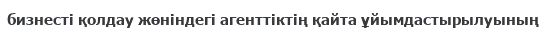
бизнесті қолдау жөніндегі агенттіктің қайта ұйымдастырылуының